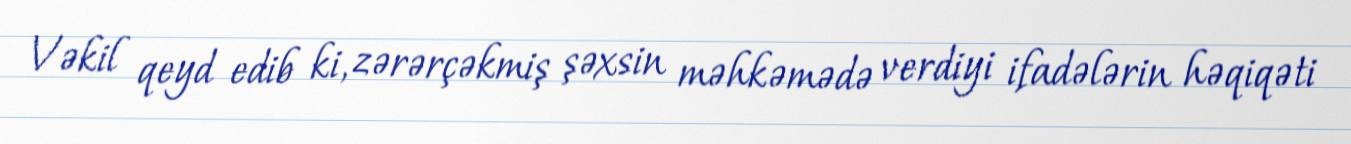
Vəkil qeyd edib ki, zərərçəkmiş şəxsin məhkəmədə verdiyi ifadələrin həqiqəti